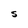
Character: S